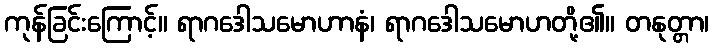
ကုန်ခြင်းကြောင့်။ ရာဂဒေါသမောဟာနံ၊ ရာဂဒေါသမောဟတို့၏။ တနုတ္တာ၊